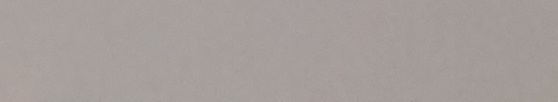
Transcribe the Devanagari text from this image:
नेपाल राष्ट्र बैंक २०२२ साल देखि लागू भएको विनिमयदर तालिका अनुसार एक अमेरिकी डलर